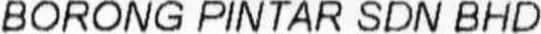
BORONG PINTAR SDN BHD